Pusta,_Kaarel_Robert, lk 8
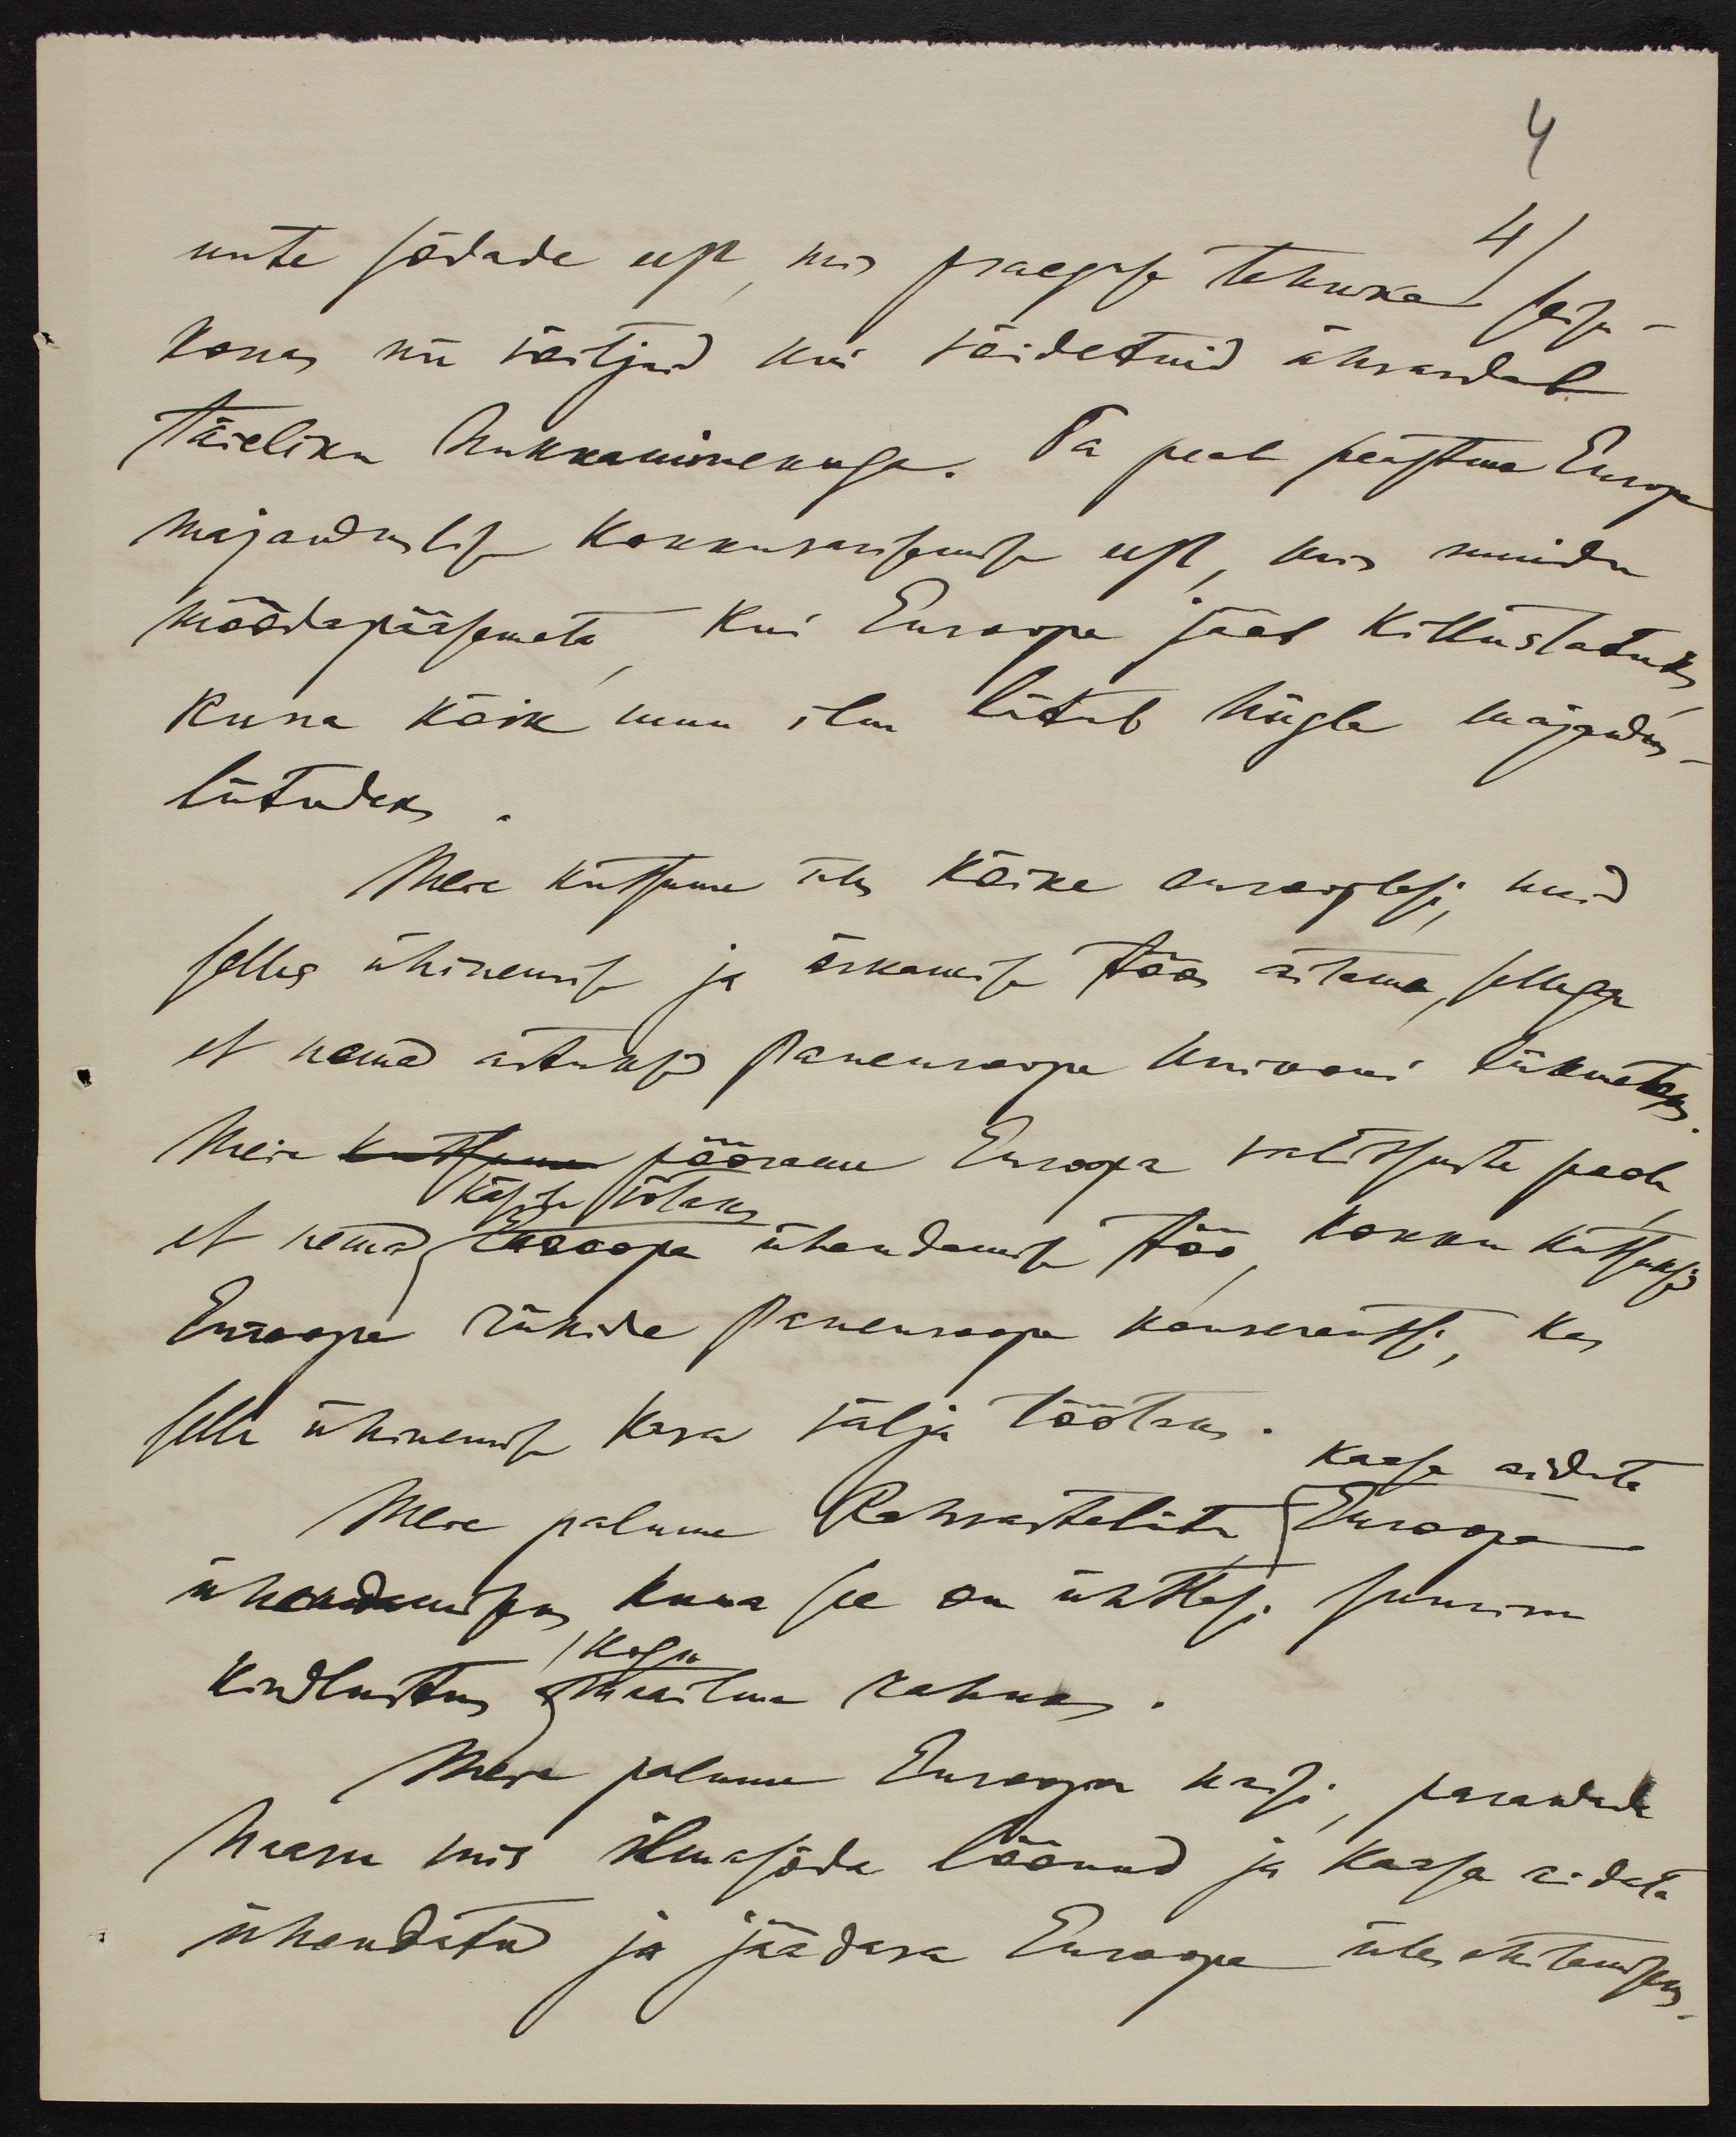
4

uute sõdade eest, mis praeguse tehuka seisu-
4.
korras nii võitjad kui võidetuid ähvardab
täieliku hukkaminekuga. Ta peab peastma Euroopa
majanduslise Kokkuvarisemise eest, mis muidu
möödapääsmata kui Euroopa jääb killustatuks
Kuna kõik muu ilm liitub hiigla majandus
liituseks.
Meie kutsume üles kõike eurooplasi, kuid
selles ühinemise ja ärkamise töös aitama, sellega
et nemad astuvad Paneuroopa Uniooni liikmeteks
Meie pöörame Euroopa valitsuste poole
Käsile võtaks
et nemad Euroopa ühendamise töö kokku kutsutaks
Euroopa riikiide Praenoopa konverentsi; kes
selle ühinemise kava välja töötaks: kaasa aidata
Meie palume Rahvasteliitu Euroopa
ühendmisega kuna see on ühtlasi suurim
kogu
kindlustus maailma rahuks.
Meie palume Euroopa krisi pärawal
haavu mis ilmasõda löönud ja kaasa aidata
ühendatud ja jäädava Euroopa üles ehitamiseks.